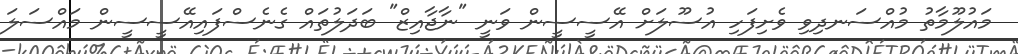
މައުލޫމާތު މުއްސަނދިވި ވެށިފަހި އުސޫލަށް އޭސީސީން ވަނީ "ނާޖާއިޒް" ބަދަލުތައް ގެނެސްފައިއޭސީސީން މައްސަލަ